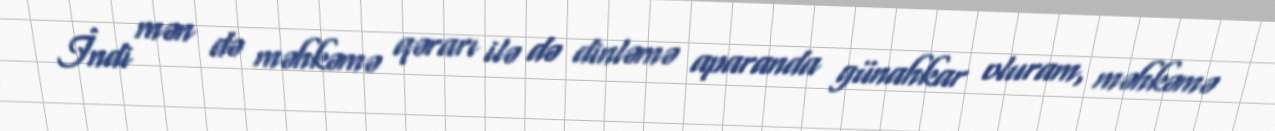
İndi mən də məhkəmə qərarı ilə də dinləmə aparanda günahkar oluram, məhkəmə